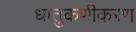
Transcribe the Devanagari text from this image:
धातुकणीकरण